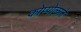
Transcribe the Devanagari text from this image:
कोप्पोलाने